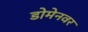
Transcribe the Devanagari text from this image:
डोमेनवर